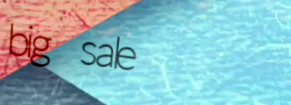
big sale